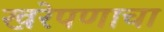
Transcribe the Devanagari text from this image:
खरेपणाचा